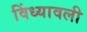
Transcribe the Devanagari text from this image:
विंध्यावली